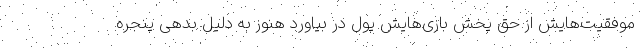
موفقیت‌هایش از حق پخش بازی‌هایش پول در بیاورد هنوز به دلیل بدهی پنجره